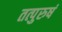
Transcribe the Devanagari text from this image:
तत्पुरुषं